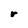
Character: r